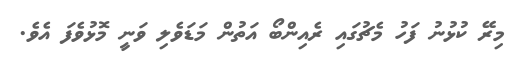
މިރޭ ކުޅުނު ފަހު މެޗުގައި ރެއިންބޯ އަތުން މަޑަވެލި ވަނީ މޮޅުވެފަ އެވެ.